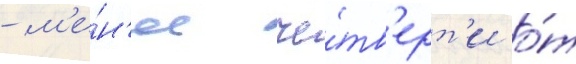
- м'е́н'ее че́тв'ерт'и о́т